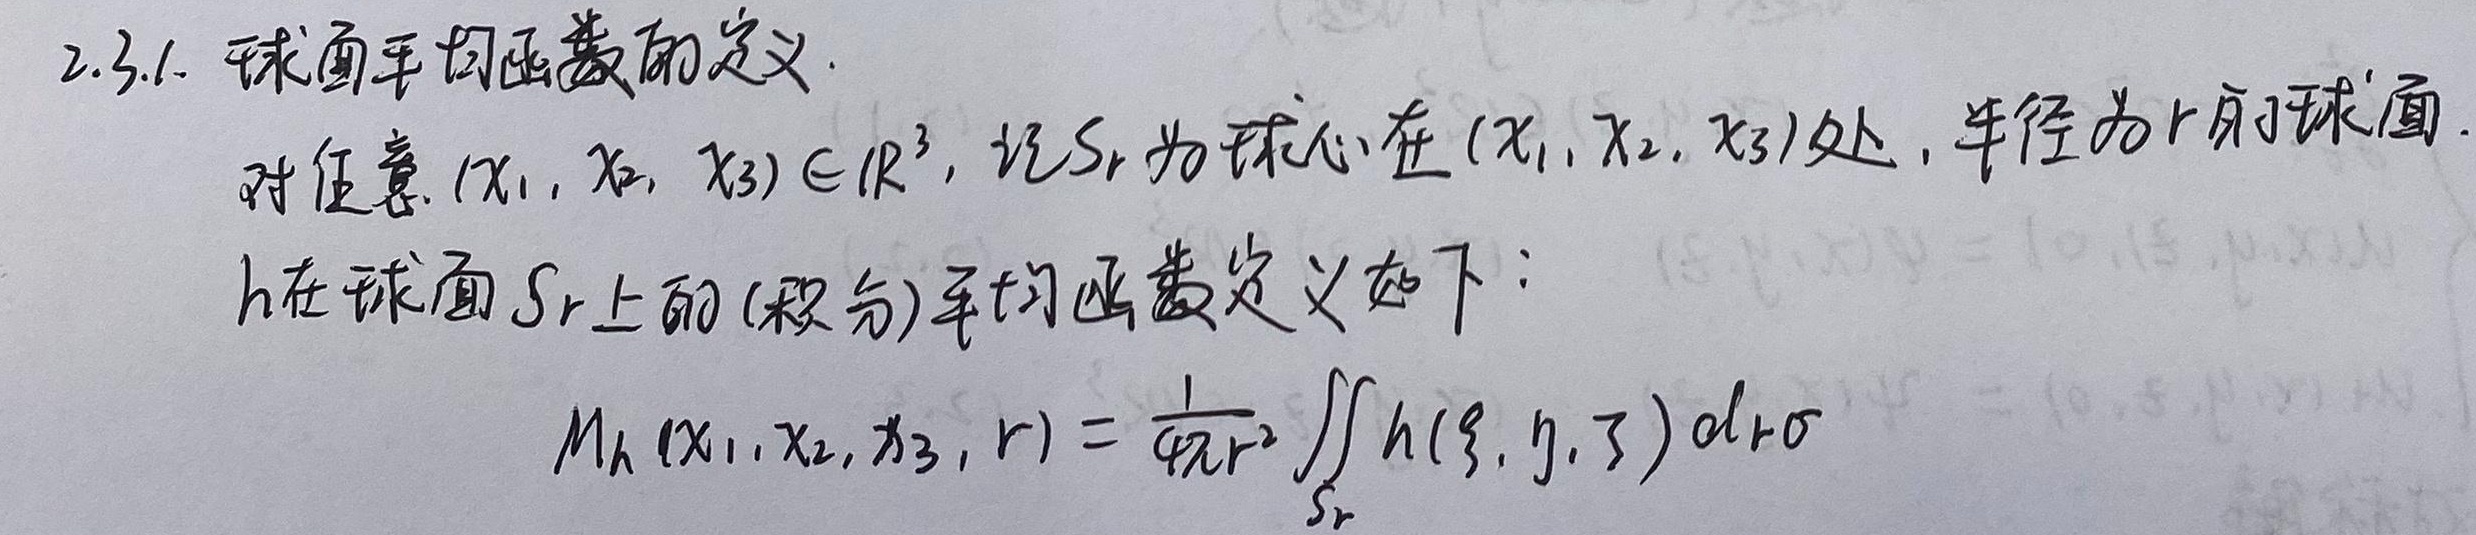
2.3.1. 球面平均函数的定义. 对任意\((x_1, x_2, x_3)\in \mathbb{R}^3\)，记\(S_r\)为球心在\((x_1, x_2, x_3)\)处，半径为\(r\)的球面。\(h\)在球面\(S_r\)上的(积分)平均函数定义如下：
\[M_h(x_1, x_2, x_3, r)=\frac{1}{4\pi r^2}\iint_{S_r} h(\xi,\eta,\zeta)\mathrm{d}\sigma\]